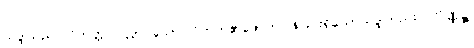
သဒ္ဒါသည်။ ဝိဘတ္တိပိပလ္လာ သော၊ ဝိဘတ်၏ဖောက်ပြန်ခြင်းရှိသောသဒ္ဒါတည်း။ တိဏ္ဏဉ္စ၊